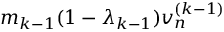
m _ { k - 1 } ( 1 - \lambda _ { k - 1 } ) v _ { n } ^ { ( k - 1 ) }